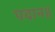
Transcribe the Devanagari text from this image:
पदान॥